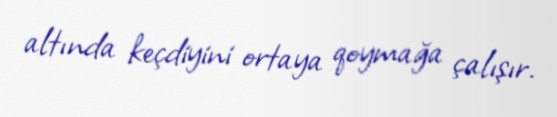
altında keçdiyini ortaya qoymağa çalışır.